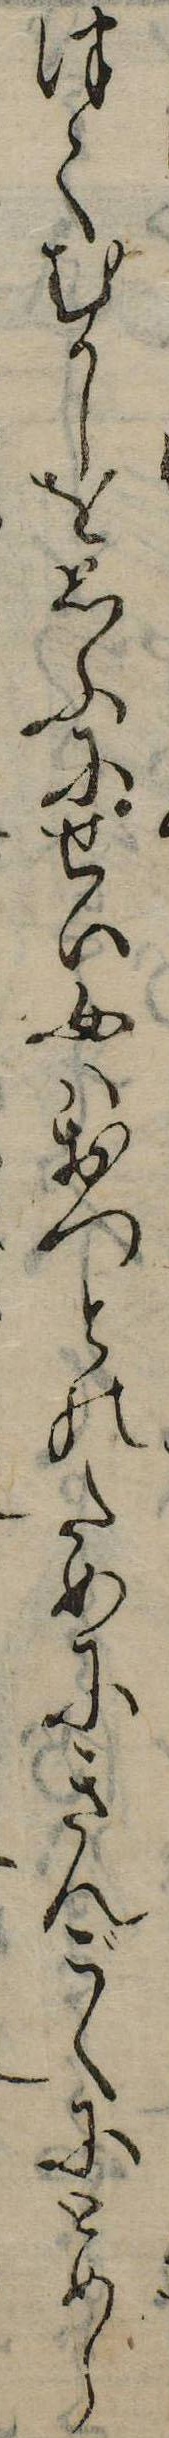
つてむかしを思ふにせい女はおつとのためにきんごくにとめら